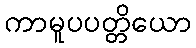
ကာမူပပတ္တိယော